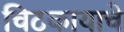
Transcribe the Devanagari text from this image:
चिटकायाचे